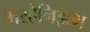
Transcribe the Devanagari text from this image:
मरहेनिझम